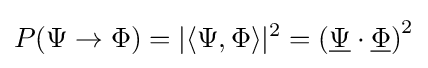
P(\Psi \rightarrow \Phi )=|\langle \Psi ,\Phi \rangle |^{2}=\left({\underline {\Psi }}\cdot {\underline {\Phi }}\right)^{2}